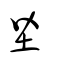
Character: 坒